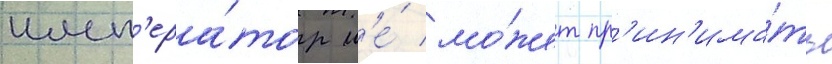
имп'ера́тор н'е́ мо́жет пр'ин'има́ть